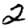
Digit: 2